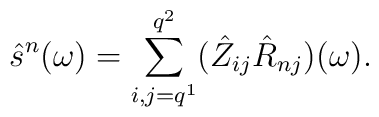
\hat s^{n}(\omega)= \sum_{i, j=q^{1}}^{q^{2}} (\hat Z_{ij} \hatR_{nj})(\omega)\\.